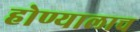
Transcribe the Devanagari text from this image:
होण्यालाच